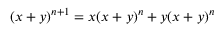
( x + y ) ^ { n + 1 } = x ( x + y ) ^ { n } + y ( x + y ) ^ { n }